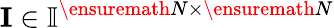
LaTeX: \mathbf{I}\in\mathbb{I}^{\ensuremath{N}\times\ensuremath{N}}